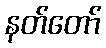
နတ်တော်